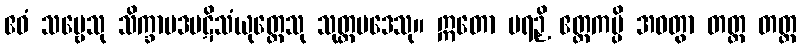
ဧဝံ သဗ္ဗေသု သိက္ခာပဒပဋိသံယုတ္တေသု သုတ္တပဒေသု။ ဣတော ပရဉှိ ဧတ္တကမ္ပိ အဝတွာ တတ္ထ တတ္ထ